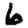
Digit: 6